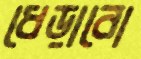
ধেড়াবো